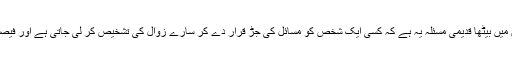
پاکستان کرکٹ کی جڑوں میں بیٹھا قدیمی مسئلہ یہ ہے کہ کسی ایک شخص کو مسائل کی جڑ قرار دے کر سارے زوال کی تشخیص کر لی جاتی ہے اور فیصلہ جاری کر دیا جاتا ہے۔